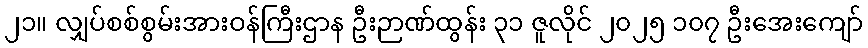
၂၁။ လျှပ်စစ်စွမ်းအားဝန်ကြီးဌာန ဦးဉာဏ်ထွန်း ၃၁ ဇူလိုင် ၂၀၂၅ ၁၀၇ ဦးအေးကျော်